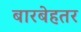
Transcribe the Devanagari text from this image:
बारबेहतर